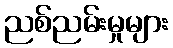
ညစ်ညမ်းမှုများ